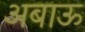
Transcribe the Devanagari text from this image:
अबाऊ